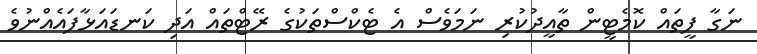
ނަގާ ފީތައް ކޮމެޓީން ތާއީދުކުރި ނަމަވެސް އެ ޓެކްސްތަކުގެ ރޭޓްތައް އަދި ކަނޑައަޅާފައެއްނުވެ